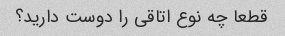
قطعا چه نوع اتاقی را دوست دارید؟